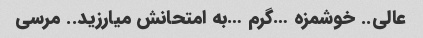
عالی.. خوشمزه …گرم …به امتحانش میارزید.. مرسی